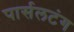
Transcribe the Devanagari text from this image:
पार्सलटंग